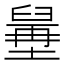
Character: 𦦍